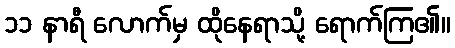
၁၁ နာရီ လောက်မှ ထိုနေရာသို့ ရောက်ကြ၏။